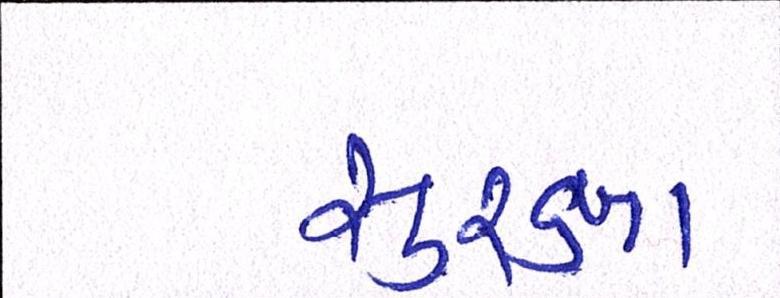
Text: સુરક્ષા